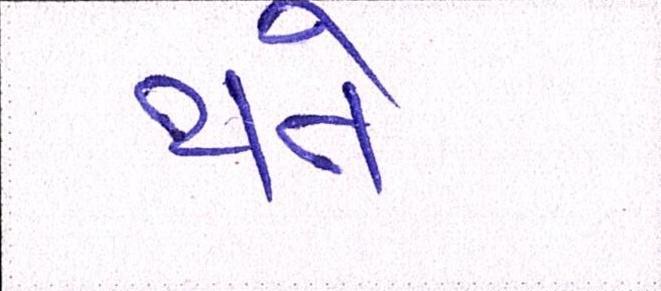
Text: થતે